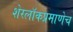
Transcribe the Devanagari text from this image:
शेरलाॅकप्रमाणेच